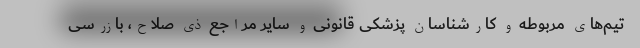
تیم‌های مربوطه و کارشناسان پزشکی قانونی و سایر مراجع ذی صلاح، بازرسی